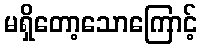
မရှိတော့သောကြောင့်